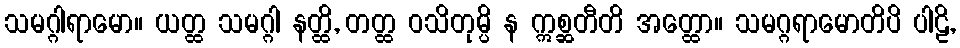
သမဂ္ဂါရာမော။ ယတ္ထ သမဂ္ဂါ နတ္ထိ, တတ္ထ ဝသိတုမ္ပိ န ဣစ္ဆတီတိ အတ္ထော။ သမဂ္ဂရာမောတိပိ ပါဠိ,